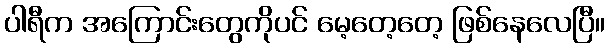
ပါရီက အကြောင်းတွေကိုပင် မေ့တေ့တေ့ ဖြစ်နေလေပြီ။